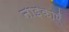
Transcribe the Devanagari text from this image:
नाइकाएँ